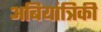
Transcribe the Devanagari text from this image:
अबियांत्रिकी